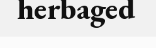
herbaged